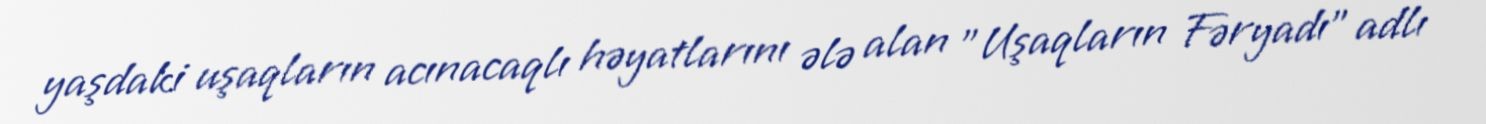
yaşdaki uşaqların acınacaqlı həyatlarını ələ alan "Uşaqların Fəryadı" adlı